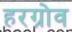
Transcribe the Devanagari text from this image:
हरग्रोव